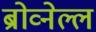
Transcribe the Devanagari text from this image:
ब्रोव्नेल्ल